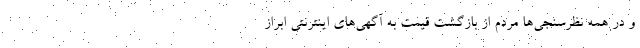
و در همه نظرسنجی‌ها مردم از بازگشت قیمت به آگهی‌های اینترنتی ابراز